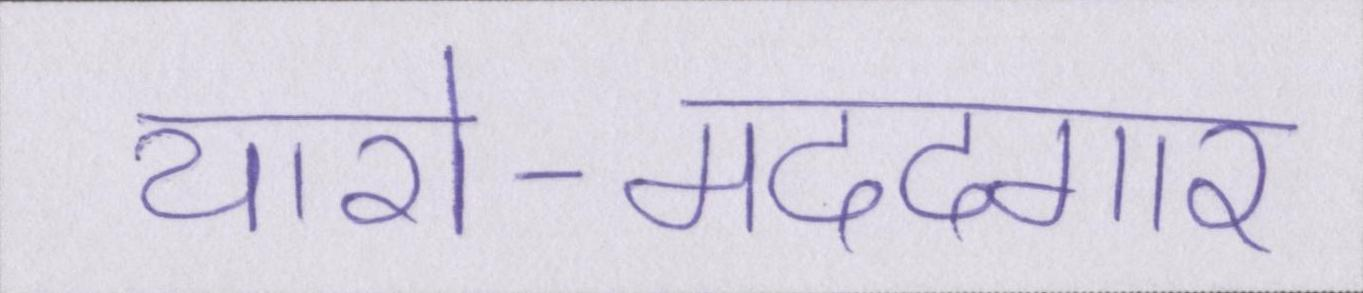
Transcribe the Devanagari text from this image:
यारो-मददगार